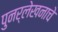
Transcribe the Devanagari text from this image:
पुनर्लेखनाचे